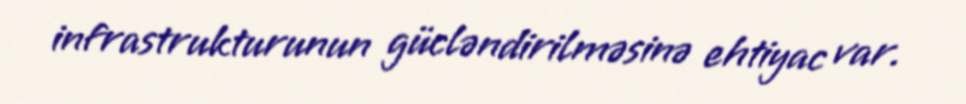
infrastrukturunun gücləndirilməsinə ehtiyac var.